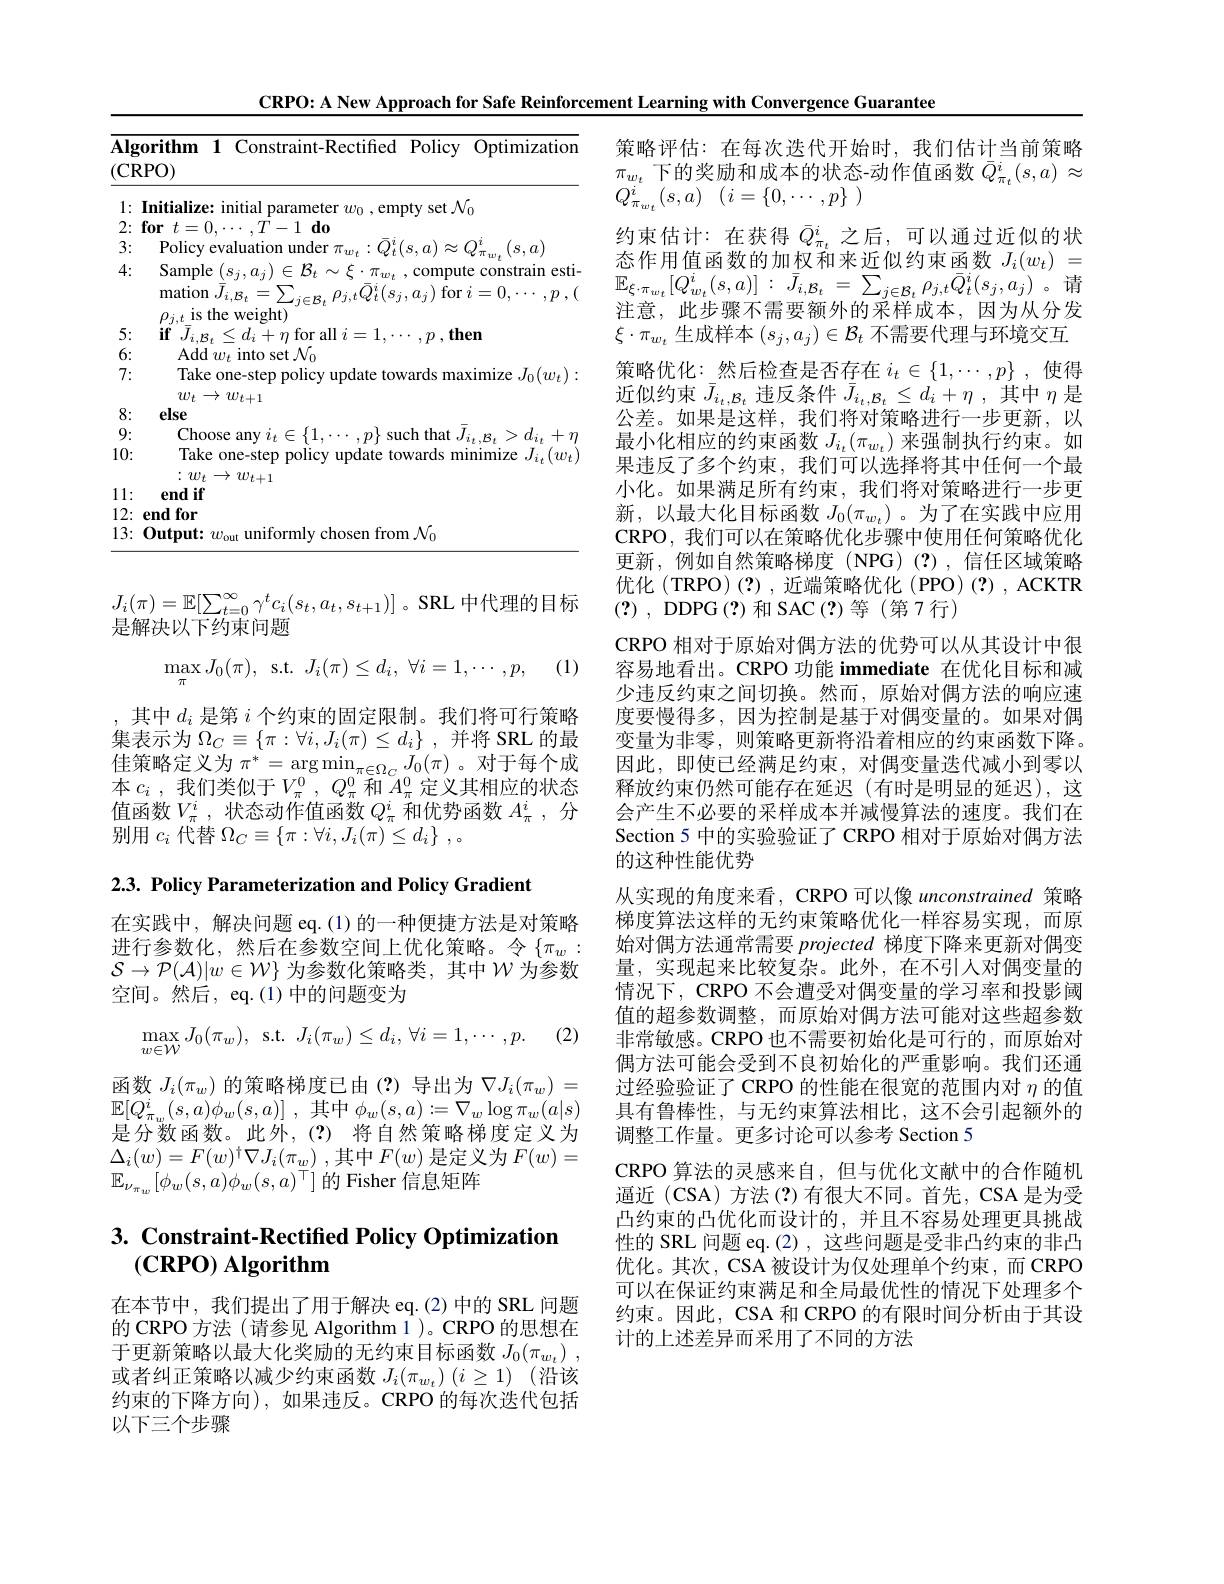
CRPO: A New Approach for Safe Reinforcement Learning with Convergence Guarantee
<table>
	<tbody>
		<tr>
			<th>$\overline{\mathbf{Alg}}$ $(\mathbf{C}\mathbf{F}$</th>
			<th>gorithm 1 Constraint- Rectified Policy Optimization RPO)</th>
		</tr>
		<tr>
			<td>1 $r$</td>
			<td>Initialize: initial parameter $w_0$,empty set $\mathcal{N}_0$</td>
		</tr>
		<tr>
			<td>2</td>
			<td>$d0$</td>
		</tr>
		<tr>
			<td>3: 1 1 1</td>
			<td> </td>
		</tr>
		<tr>
			<td>4:</td>
			<td>Sample $(s_{j},a_{j})\in\mathcal{B}_{t}\sim\xi\cdot\pi_{w_{t}}$ ,compute constrain esti- ${\mathrm{mation~}}\bar{J}_{i,\mathcal{B}_{t}}=\sum_{j\in\mathcal{B}_{t}}\rho_{j,t}\bar{Q}_{t}^{i}(s_{j},a_{j})$ for $i=0,\cdots,p,($</td>
		</tr>
		<tr>
			<td>5:</td>
			<td>$\mathbf{if}J_{i}$ $,d_{i}+d_{i}$ $n\operatorname{for}$all$i=$ 一 $\textbf{、 then}$</td>
		</tr>
		<tr>
			<td>6:</td>
			<td>Add $w_t$ into set $\mathcal{N}_0$</td>
		</tr>
		<tr>
			<td>7:</td>
			<td>Take one-step policy $\mathbf{Y} \boldsymbol{u}_{\mathrm{k} }$ suale to waras maxımıze Jo$(w_{t})$ $w_{t}\to w_{t+1}$</td>
		</tr>
		<tr>
			<td>8:</td>
			<td>else</td>
		</tr>
		<tr>
			<td>9:</td>
			<td>Choose a ${\mathrm{d}}$IIW SIIC</td>
		</tr>
		<tr>
			<td>10:</td>
			<td>Take one-step policy $1pu$ ualc 17. $:w_{t}\to w_{t+1}$ IUN</td>
		</tr>
		<tr>
			<td>1 1 1</td>
			<td>end if</td>
		</tr>
		<tr>
			<td>12:</td>
			<td>endfor</td>
		</tr>
		<tr>
			<td>13:</td>
			<td>$0_{\mathrm{utput:}}$ 1117 chosen from$N_{0}$</td>
		</tr>
	</tbody>
</table>

$J_i(\pi)=\mathbb{E}[\sum_{t=0}^\infty\gamma^tc_i(s_t,a_t,s_{t+1})]$ 。SRL 中代理的目标
是解决以下约束问题

(1)
$$\max_{\pi}J_0(\pi),\:\mathrm{s.t.}\:J_i(\pi)\leq d_i,\:\forall i=1,\cdots,p,$$
,其中$d_i$是第$i$个约束的固定限制。我们将可行策略集表示为$\Omega _C\equiv \{ \pi : \forall i, J_{i}( \pi ) \leq d_{i}\}$ ,并将 SRL 的最佳策略定义为$\pi^*=\arg\min_{\pi\in\Omega_C}J_0(\pi)$。对于每个成本$c_i$ ,我们类似于$V_\pi ^0$ , $Q_\pi ^0$ ${\text{和 }A_\pi ^0}$ 定义其相应的状态值函数$V_\pi^i$,状态动作值函数$Q_\pi^i$和优势函数$A_\pi^i$,分别用$c_i$代替$\Omega _C\equiv \{ \pi : \forall i, J_{i}( \pi ) \leq d_{i}\}$ ,。

$2. 3. \textbf{ Policy Parameterization and Policy Gradient}$

在实践中，解决问题 eq.(1)的一种便捷方法是对策略进行参数化，然后在参数空间上优化策略。令$\{\pi_w:$ $\mathcal{S}\to\mathcal{P}(\mathcal{A})|w\in\mathcal{W}\}$ 为参数化策略类，其中$\mathcal{W}$为参数空间。然后，eq.(1)中的问题变为
$$\max_{w\in\mathcal{W}}J_{0}(\pi_{w}),\:\mathrm{s.t.}\:J_{i}(\pi_{w})\leq d_{i},\:\forall i=1,\cdots,p.$$
(2)

函数$J_i(\pi_w)$的策略梯度已由(?)导出为$\nabla J_i(\pi_w)=$ $\mathbb{E} [ Q_{\pi _{w}}^{i}( s, a) \phi _{w}( s, a) ]$ ,其中$\phi_w(s,a):=\nabla_w\log\pi_w(a|s)$ 是分数函数。此外，(?)将自然策略梯度定义为$\Delta _{i}( w) = F( w) ^{\dagger }\nabla J_{i}( \pi _{w})$ ,其中$F(w)$ 是定义为 $F(w)=$ $\mathbb{E}_{\nu_{\pi_w}}[\phi_w(s,a)\phi_w(s,a)^\top]$的 Fisher 信息矩阵

# 3. Constraint-Rectified Policy Optimization $(\mathbf{CRPO})$ Algorithm

在本节中，我们提出了用于解决 eq.(2)中的 SRL 问题的 CRPO 方法 (请参见 Algorithm 1)。CRPO 的思想在于更新策略以最大化奖励的无约束目标函数$J_0( \pi _{w_t})$ , 或者纠正策略以减少约束函数$J_i(\pi_{w_t})(i\geq1)$ (沿该约束的下降方向),如果违反。CRPO 的每次迭代包括以下三个步骤

策略评估：在每次迭代开始时，我们估计当前策略$\pi_{w_t}$下的奖励和成本的状态-动作值函数$\bar{Q}_{\pi_t}^i(s,a)\approx$ $Q_{\pi _{w_{t}}}^{i}\left ( s, a\right )$ $( i= \{ 0, \cdots , p\}$ )
约束估计：在获得$\bar{Q}_{\pi_t}^i$之后，可以通过近似的状态作用值函数的加权和来近似约束函数$J_i(w_t)=$ $\mathbb{E} _{\xi \cdot \pi _{w_{t}}}[ Q_{w_{t}}^{i}( s, a) ]$ : $\bar{J} _{i, \mathcal{B} _{t}}$ = $\sum _{j\in \mathcal{B} _{t}}$ $\rho _{j, t}\bar{Q} _{t}^{i}( s_{j}, a_{j})$。请注意，此步骤不需要额外的采样成本，因为从分发$\xi\cdot\pi_{w_t}$生成样本$(s_j,a_j)\in\mathcal{B}_t$不需要代理与环境交互策略优化：\_然后检查是否存在$i_t\in\{1,\cdots,p\}$ ,使得近似约束$\bar{J}_{i_t,\mathcal{B}_t}$违反条件$\bar{J}_{i_t,\mathcal{B}_t}\leq d_i+\eta$ ,其中$\eta$是公差。如果是这样，我们将对策略进行一步更新，以最小化相应的约束函数$J_{i_t}(\pi_{w_t})$来强制执行约束。如果违反了多个约束，我们可以选择将其中任何一个最小化。如果满足所有约束，我们将对策略进行一步更新，以最大化目标函数$J_0(\pi_{w_t})$ 。为了在实践中应用CRPO, 我们可以在策略优化步骤中使用任何策略优化更新，例如自然策略梯度(NPG)(?),信任区域策略优化 (TRPO)(?),近端策略优化 (PPO)(?),ACKTR (?) , DDPG ( ? ) 和 SAC(?)等(第7行)
CRPO 相对于原始对偶方法的优势可以从其设计中很容易地看出。CRPO 功能 immediate 在优化目标和减少违反约束之间切换。然而，原始对偶方法的响应速度要慢得多，因为控制是基于对偶变量的。如果对偶变量为非零，则策略更新将沿着相应的约束函数下降。因此，即使已经满足约束，对偶变量迭代减小到零以释放约束仍然可能存在延迟(有时是明显的延迟),这会产生不必要的采样成本并减慢算法的速度。我们在Section 5 中的实验验证了 CRPO 相对于原始对偶方法的这种性能优势
从实现的角度来看，CRPO 可以像 unconstrained 策略梯度算法这样的无约束策略优化一样容易实现，而原始对偶方法通常需要 projected 梯度下降来更新对偶变量，实现起来比较复杂。此外，在不引人对偶变量的情况下，CRPO 不会遭受对偶变量的学习率和投影阈值的超参数调整，而原始对偶方法可能对这些超参数非常敏感。CRPO 也不需要初始化是可行的，而原始对偶方法可能会受到不良初始化的严重影响。我们还通过经验验证了 CRPO 的性能在很宽的范围内对$\eta$的值具有鲁棒性，与无约束算法相比，这不会引起额外的调整工作量。更多讨论可以参考 Section 5
CRPO 算法的灵感来自，但与优化文献中的合作随机通近 (CSA) 方法 (?)有很大不同。首先，CSA 是为受凸约束的凸优化而设计的，并且不容易处理更具挑战性的 SRL 问题 eq.(2), 这些问题是受非凸约束的非凸优化。其次，CSA 被设计为仅处理单个约束，而 CRPO 可以在保证约束满足和全局最优性的情况下处理多个约束。因此，CSA 和 CRPO 的有限时间分析由于其设计的上述差异而采用了不同的方法